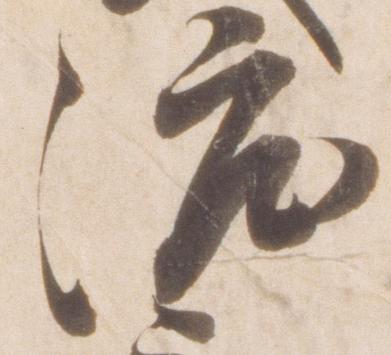
渡